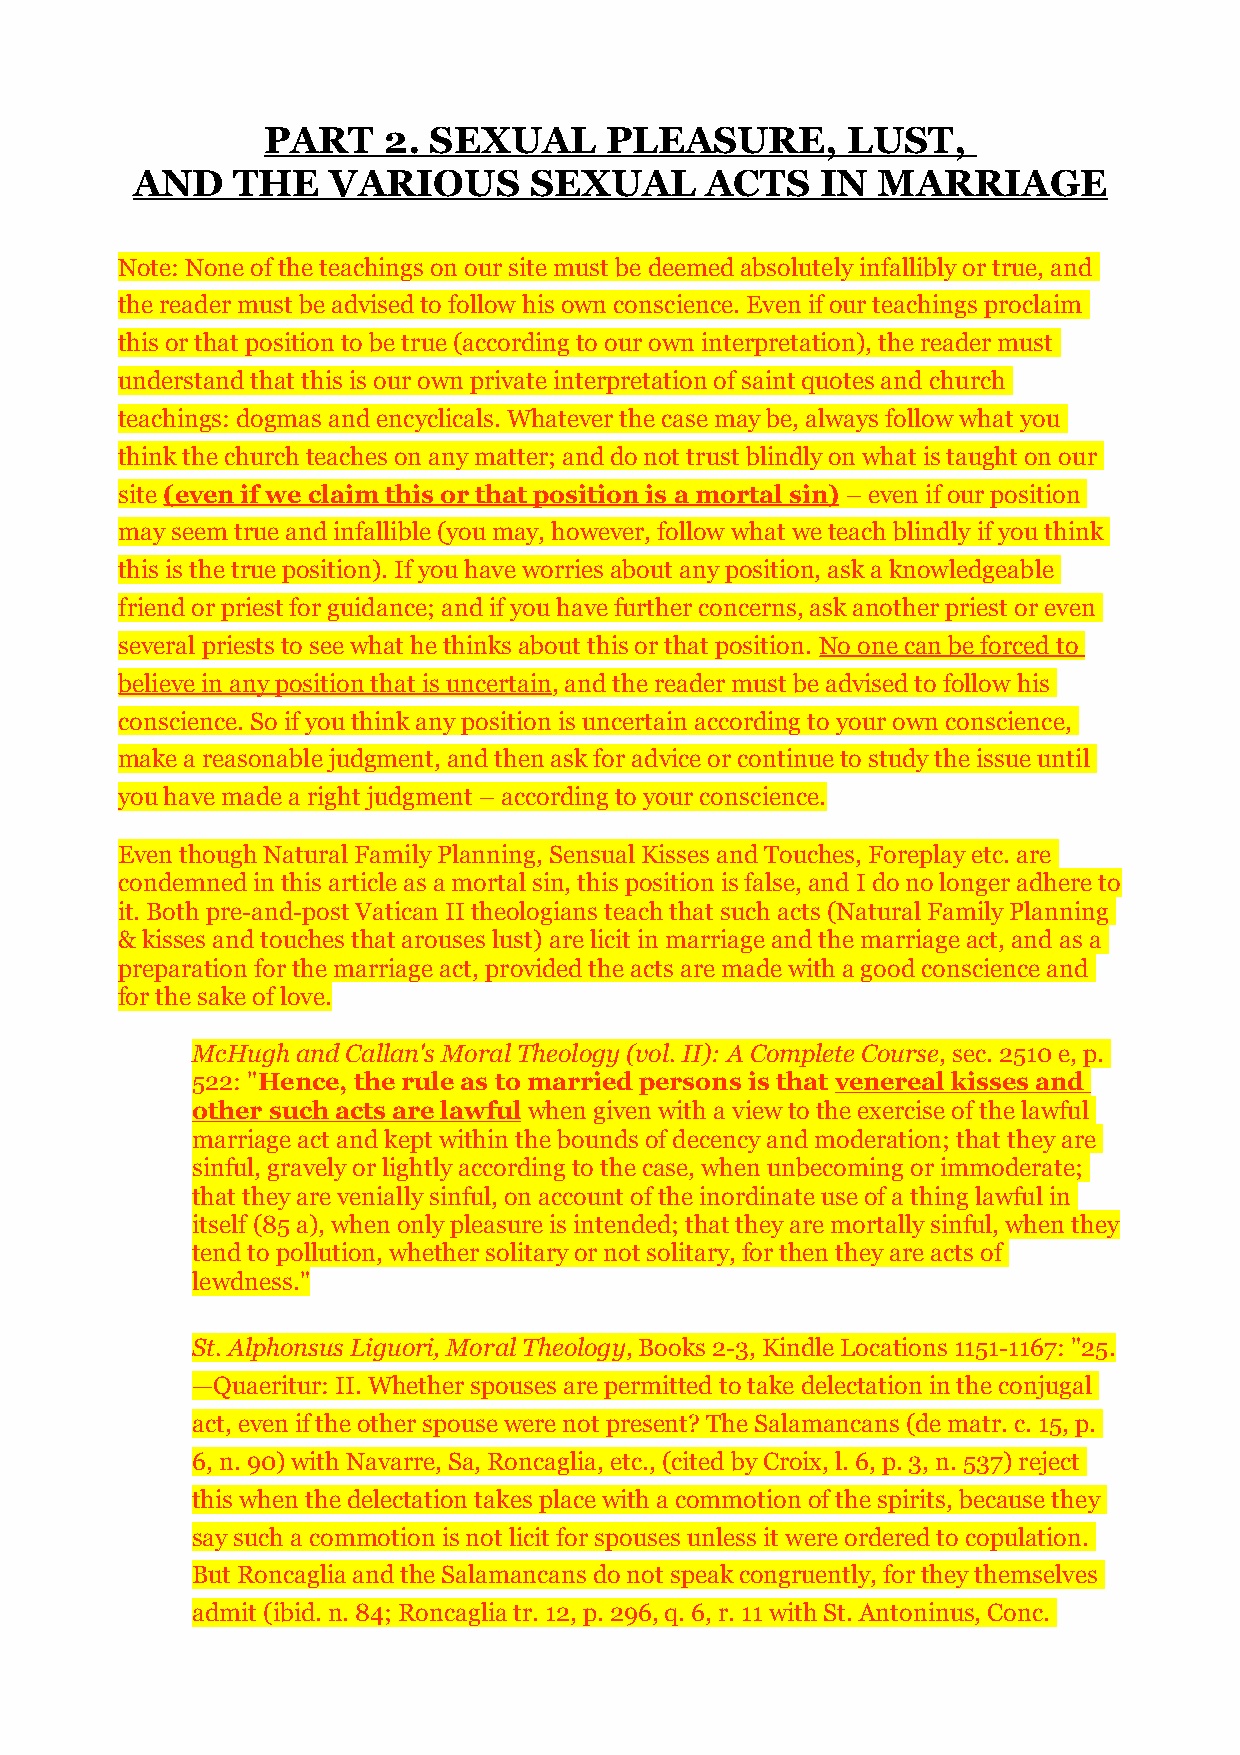
PART    2. SEXUAL      PLEASURE,       LUST,
 AND   THE    VARIOUS      SEXUAL      ACTS   IN  MARRIAGE
 Note: None of the teachings on our site must be deemed absolutely infallibly or true, and
 the reader must be advised to follow his own conscience. Even if our teachings proclaim
 this or that position to be true (according to our own interpretation), the reader must
 understand that this is our own private interpretation of saint quotes and church
 teachings: dogmas and encyclicals. Whatever the case may be, always follow what you
 think the church teaches on any matter; and do not trust blindly on what is taught on our
 site (even if we claim this or that position is a mortal sin) – even if our position
 may seem true and infallible (you may, however, follow what we teach blindly if you think
 this is the true position). If you have worries about any position, ask a knowledgeable
 friend or priest for guidance; and if you have further concerns, ask another priest or even
 several priests to see what he thinks about this or that position. No one can be forced to
 believe in any position that is uncertain, and the reader must be advised to follow his
 conscience. So if you think any position is uncertain according to your own conscience,
 make a reasonable judgment, and then ask for advice or continue to study the issue until
 you have made a right judgment – according to your conscience.
 Even though Natural Family Planning, Sensual Kisses and Touches, Foreplay etc. are
 condemned in this article as a mortal sin, this position is false, and I do no longer adhere to
 it. Both pre-and-post Vatican II theologians teach that such acts (Natural Family Planning
 & kisses and touches that arouses lust) are licit in marriage and the marriage act, and as a
 preparation for the marriage act, provided the acts are made with a good conscience and
 for the sake of love.
 McHugh and Callan's Moral Theology (vol. II): A Complete Course, sec. 2510 e, p.
 522: "Hence, the rule as to married persons is that venereal kisses and
 other such acts are lawful when given with a view to the exercise of the lawful
 marriage act and kept within the bounds of decency and moderation; that they are
 sinful, gravely or lightly according to the case, when unbecoming or immoderate;
 that they are venially sinful, on account of the inordinate use of a thing lawful in
 itself (85 a), when only pleasure is intended; that they are mortally sinful, when they
 tend to pollution, whether solitary or not solitary, for then they are acts of
 lewdness."
 St. Alphonsus Liguori, Moral Theology, Books 2-3, Kindle Locations 1151-1167: "25.
 —Quaeritur: II. Whether spouses are permitted to take delectation in the conjugal
 act, even if the other spouse were not present? The Salamancans (de matr. c. 15, p.
 6, n. 90) with Navarre, Sa, Roncaglia, etc., (cited by Croix, l. 6, p. 3, n. 537) reject
 this when the delectation takes place with a commotion of the spirits, because they
 say such a commotion is not licit for spouses unless it were ordered to copulation.
 But Roncaglia and the Salamancans do not speak congruently, for they themselves
 admit (ibid. n. 84; Roncaglia tr. 12, p. 296, q. 6, r. 11 with St. Antoninus, Conc.